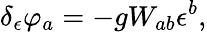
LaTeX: \delta_{\epsilon}\varphi_{a}=-gW_{ab}\epsilon^{b},